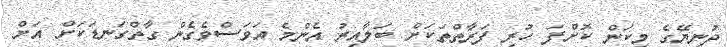
ދުނިޔޭގެ މިކަން ކޮށްފަ ހުރި ފަރާތްތަކަށް ބަލާއިރު އެންމެ އަވަސްވެގެން ގާތްގަނޑަކަށް އަށް